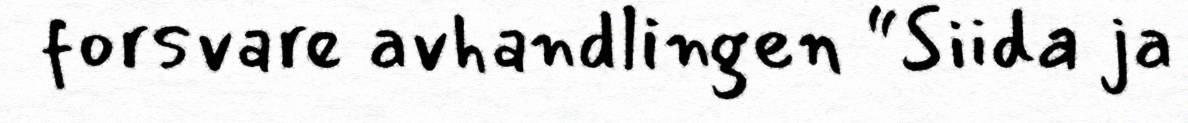
forsvare avhandlingen “Siida ja